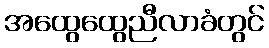
အထွေထွေညီလာခံတွင်